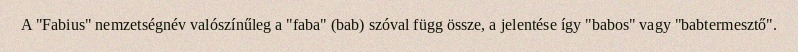
A "Fabius" nemzetségnév valószínűleg a "faba" (bab) szóval függ össze, a jelentése így "babos" vagy "babtermesztő".